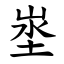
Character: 埊